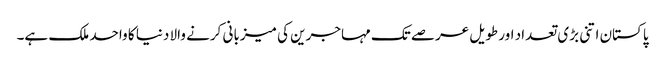
پاکستان اتنی بڑی تعداد اور طویل عرصے تک مہاجرین کی میزبانی کرنے والا دنیا کا واحد ملک ہے۔